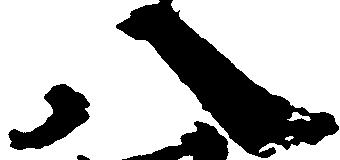
八